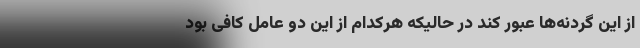
از این گردنه‌ها عبور کند در حالیکه هرکدام از این دو عامل کافی بود